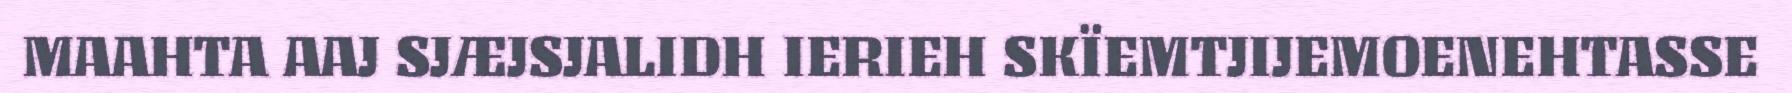
MAAHTA AAJ SJÆJSJALIDH IERIEH SKÏEMTJIJEMOENEHTASSE